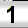
Digit: 1